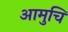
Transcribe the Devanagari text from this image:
आमुचि